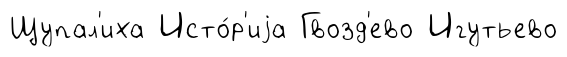
Щупал'иха Исто́р'иjа Гвозд'ево Игутьево